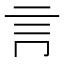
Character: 𧥛